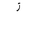
Letter: _zay